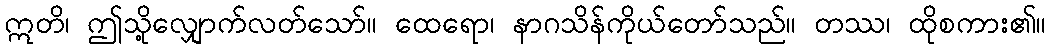
ဣတိ၊ ဤသို့လျှောက်လတ်သော်။ ထေရော၊ နာဂသိန်ကိုယ်တော်သည်။ တဿ၊ ထိုစကား၏။